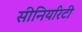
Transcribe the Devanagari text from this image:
सीनियरिटी